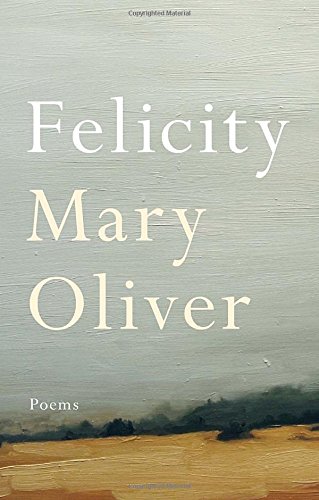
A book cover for Felicity: Poems; Mary Oliver; Literature & Fiction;